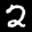
Label: 2